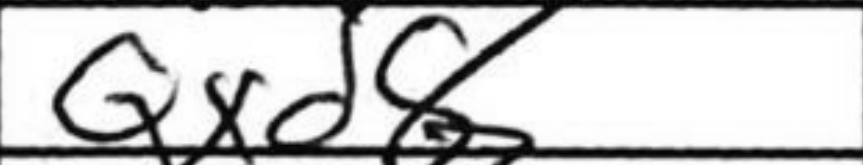
Transcription: Qxd8